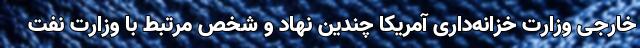
خارجی وزارت خزانه‌داری آمریکا چندین نهاد و شخص مرتبط با وزارت نفت